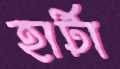
হার্টা